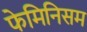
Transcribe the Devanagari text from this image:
फेमिनिसम